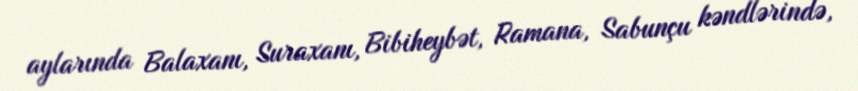
aylarında Balaxanı, Suraxanı, Bibiheybət, Ramana, Sabunçu kəndlərində,